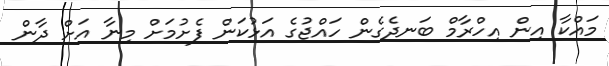
މައްކާ އިން އިހްރާމް ބަނދެގެން ހައްޖުގެ އަޅުކަން ފެށުމަށް މިނާ އަށް ދާން